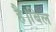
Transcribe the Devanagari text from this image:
है।बिल